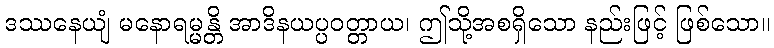
ဒဿနေယျံ မနောရမ္မန္တိ အာဒိနယပ္ပဝတ္တာယ၊ ဤသို့အစရှိသော နည်းဖြင့် ဖြစ်သော။